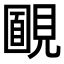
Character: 𧡻